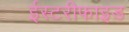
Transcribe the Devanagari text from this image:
ईस्टरीफाइड